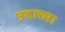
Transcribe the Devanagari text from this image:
उदाच्या